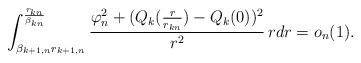
LaTeX: \begin{align*}\int_{\beta_{k+1,n}r_{k+1,n}}^{\frac{r_{kn}}{\beta_{kn}}}\frac{\varphi_n^2+(Q_k(\frac{r}{r_{kn}})-Q_k(0))^2}{r^2}\,rdr=o_n(1).\end{align*}